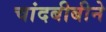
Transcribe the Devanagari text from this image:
चांदबीबीने